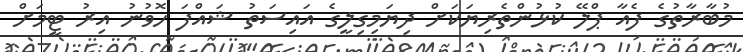
މުބާރާތުގެ ފެއާ ޕްލޭ ކުޅުންތެރިޔަކަށް ދިޔަމިގިލީގެ އައިސަތު ޝައްފަ ހޮވުނު އިރު ޓީމަށް